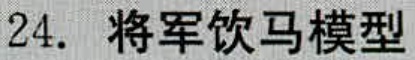
24. 将军饮马模型